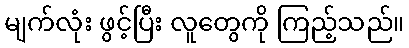
မျက်လုံး ဖွင့်ပြီး လူတွေကို ကြည့်သည်။